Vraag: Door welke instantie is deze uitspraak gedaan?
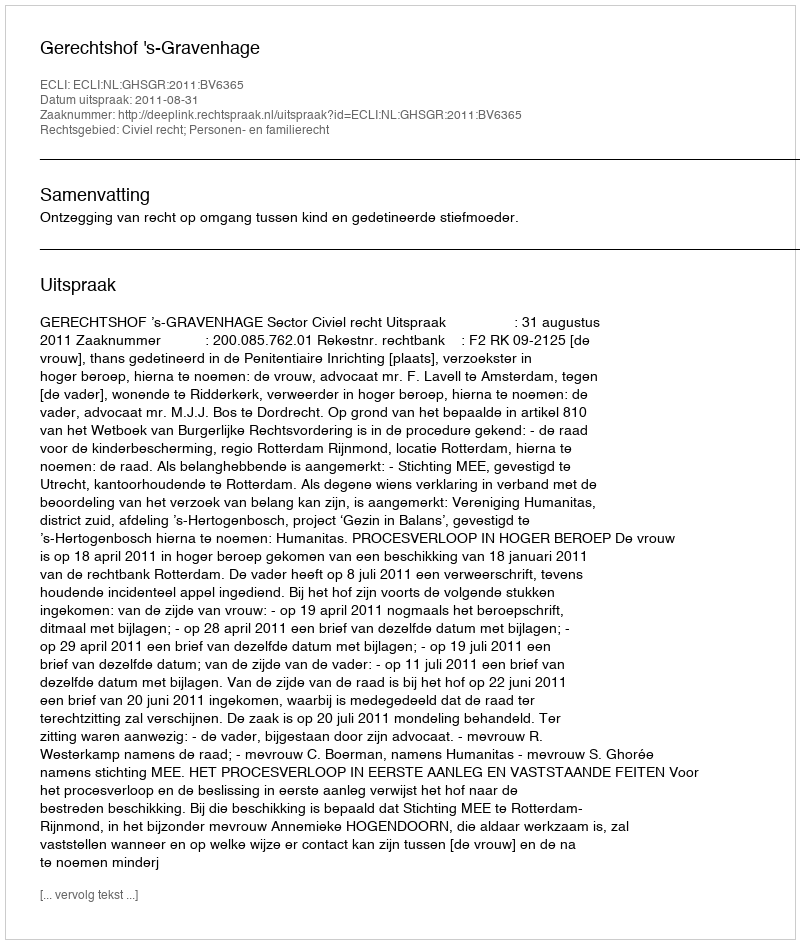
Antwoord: Gerechtshof 's-Gravenhage